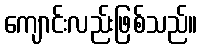
ကျောင်းလည်းဖြစ်သည်။